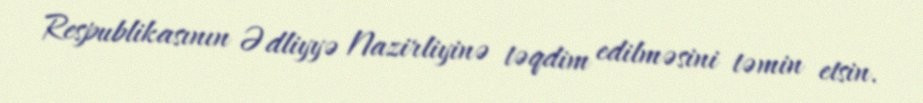
Respublikasının Ədliyyə Nazirliyinə təqdim edilməsini təmin etsin.